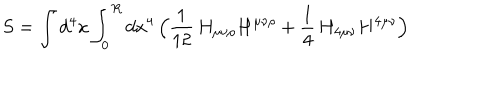
LaTeX: S = \int d ^ { 4 } x \int _ { 0 } ^ { R } d x ^ { 4 } \, \Bigl ( \frac { 1 } { 1 2 } \, H _ { \mu \nu \rho } H ^ { \mu \nu \rho } + \frac { 1 } { 4 } \, H _ { 4 \mu \nu } H ^ { 4 \mu \nu } \Bigr )